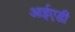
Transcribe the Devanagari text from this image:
आईएडी